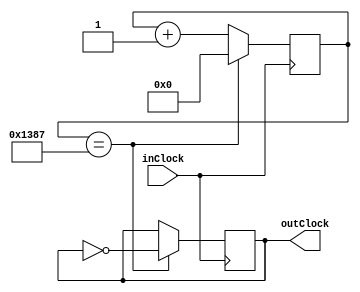
//We are passing in a 10MHz clock and outputting a 1kHz clock
module Clock_divider(inClock, outClock);
	input inClock;
	output reg outClock;
	
	//Dividing a 10MHz signal by 10,000 will produce a 1kHz signal
	reg [13:0] countTo = 0;
	
	//In order to make this division, toggle the outClock each time we
	//pass half of the desired period.  So count to 5,000. Include zero
	//as one of the counts.
	always @ (posedge inClock) 
	begin
		countTo <= countTo + 1;
		if(countTo == 4999)
		begin
			countTo  <= 0;
			outClock <= ~outClock;
		end
	end
	
endmodule